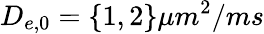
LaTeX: D_{e,0}=\{ 1,2\} \mu m^{2}/ms